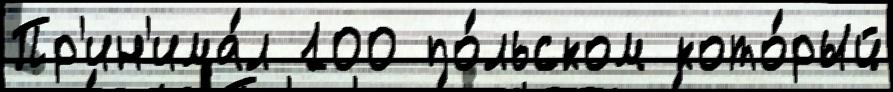
Пр'ин'има́л 100 по́льском кото́рый